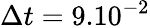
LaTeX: \Delta t=9.10^{-2}